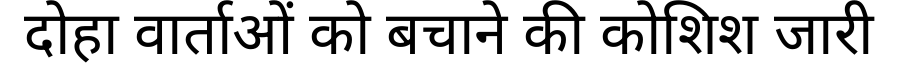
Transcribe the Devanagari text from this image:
दोहा वार्ताओं को बचाने की कोशिश जारी